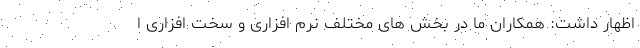
اظهار داشت: همکاران ما در بخش های مختلف نرم افزاری و سخت افزاری ا